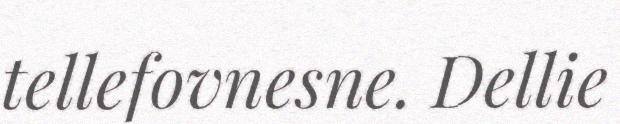
tellefovnesne. Dellie